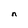
Character: n